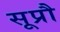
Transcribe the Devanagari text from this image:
सूप्रौ